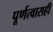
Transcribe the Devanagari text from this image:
पूर्णत्वासही